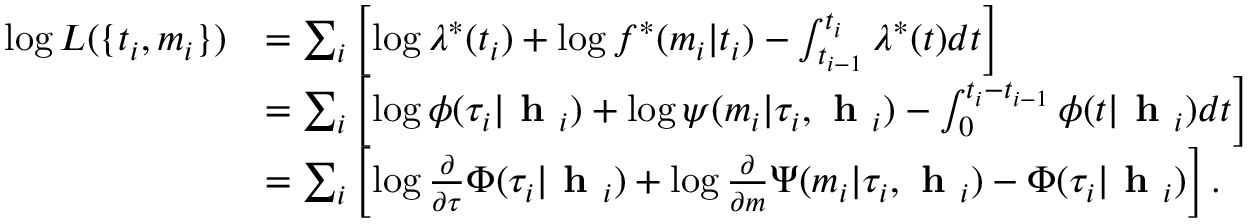
\begin{array} { r l } { \log L ( \{ t _ { i } , m _ { i } \} ) } & { = \sum _ { i } \left[ \log \lambda ^ { * } ( t _ { i } ) + \log f ^ { * } ( m _ { i } | t _ { i } ) - \int _ { t _ { i - 1 } } ^ { t _ { i } } \lambda ^ { * } ( t ) d t \right] } \\ & { = \sum _ { i } \left[ \log \phi ( \tau _ { i } | \textbf { h } _ { i } ) + \log \psi ( m _ { i } | \tau _ { i } , \textbf { h } _ { i } ) - \int _ { 0 } ^ { t _ { i } - t _ { i - 1 } } \phi ( t | \textbf { h } _ { i } ) d t \right] } \\ & { = \sum _ { i } \left[ \log \frac { \partial } { \partial \tau } \Phi ( \tau _ { i } | \textbf { h } _ { i } ) + \log \frac { \partial } { \partial m } \Psi ( m _ { i } | \tau _ { i } , \textbf { h } _ { i } ) - \Phi ( \tau _ { i } | \textbf { h } _ { i } ) \right] . } \end{array}